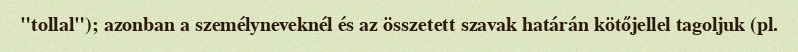
"tollal"); azonban a személyneveknél és az összetett szavak határán kötőjellel tagoljuk (pl.